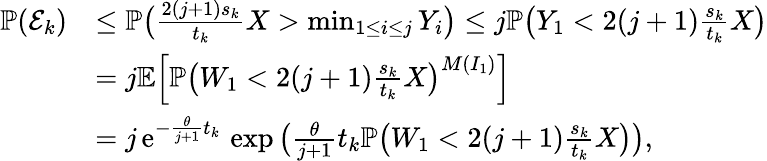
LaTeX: \begin{array}{rl}{\mathbb{P}(\mathcal E_{k})}&{\leq\mathbb{P}\big(\frac{2(j+1)s_{k}}{t_{k}}X>\operatorname*{min}_{1\leq i\leq j}Y_{i}\big)\leq j\mathbb{P}\big(Y_{1}<2(j+1)\frac{s_{k}}{t_{k}}X\big)}\\ &{=j\mathbb{E}\Big[\mathbb{P}\big(W_{1}<2(j+1)\frac{s_{k}}{t_{k}}X\big)^{M(I_{1})}\Big]}\\ &{=j\, \mathrm{e}^{-\frac{\theta}{j+1}t_{k}}\, \exp\big(\frac{\theta}{j+1}t_{k}\mathbb{P}\big(W_{1}<2(j+1)\frac{s_{k}}{t_{k}}X\big)\big),}\end{array}